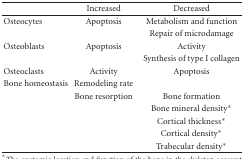
|  | Increased | Decreased |
 | --- | --- | --- |
 | Osteocytes | Apoptosis | Metabolism and function |
 |  |  | Repair of microdamage |
 | Osteoblasts | Apoptosis | Activity |
 |  |  | Synthesis of type I collagen |
 | Osteoclasts | Activity | Apoptosis |
 | Bone homeostasis | Remodeling rate |  |
 |  | Bone resorption | Bone formation |
 |  |  | Bone mineral density* |
 |  |  | Cortical thickness* |
 |  |  | Cortical density* |
 |  |  | Trabecular density* |